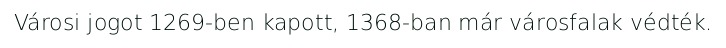
Városi jogot 1269-ben kapott, 1368-ban már városfalak védték.